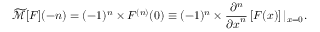
{ \widetilde { \mathcal { M } } } [ F ] ( - n ) = ( - 1 ) ^ { n } \times F ^ { ( n ) } ( 0 ) \equiv ( - 1 ) ^ { n } \times { \frac { \partial ^ { n } } { { \partial x } ^ { n } } } \left[ F ( x ) \right] | _ { x = 0 } .